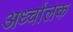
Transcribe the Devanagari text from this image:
अर्ध्चालक